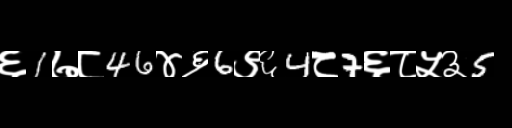
Text: ६1७८46४६6९६4८7६८५३5